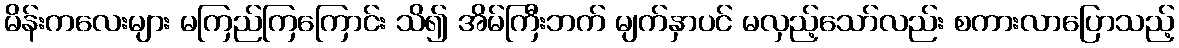
မိန်းကလေးများ မကြည်ကြကြောင်း သိ၍ အိမ်ကြီးဘက် မျက်နှာပင် မလှည့်သော်လည်း စကားလာပြောသည့်